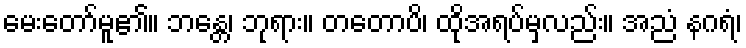
မေးတော်မူ၏။ ဘန္တေ၊ ဘုရား။ တတောပိ၊ ထိုအရပ်မှလည်း။ အညံ နဂရံ၊